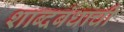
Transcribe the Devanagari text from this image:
शाब्दबंधाची